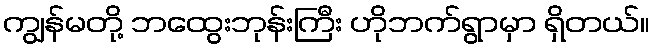
ကျွန်မတို့ ဘထွေးဘုန်းကြီး ဟိုဘက်ရွာမှာ ရှိတယ်။